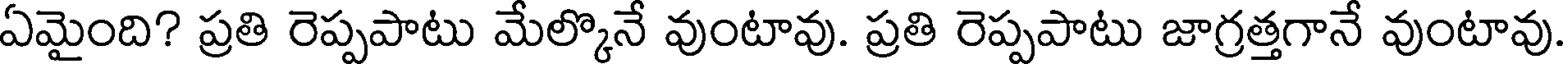
ఏమైంది? ప్రతి రెప్పపాటు మేల్కొనే వుంటావు. ప్రతి రెప్పపాటు జాగ్రత్తగానే వుంటావు